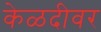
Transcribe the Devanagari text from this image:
केळदीवर